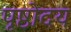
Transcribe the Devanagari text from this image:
पृष्ठोदय